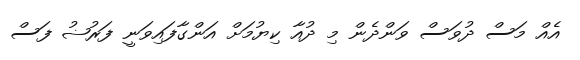
އެއް މަސް ދުވަސް ވަންދެން މި ދުއާ ކިޔުމަށް އަންގާފައިވަނީ ފަރުޟު ފަސް